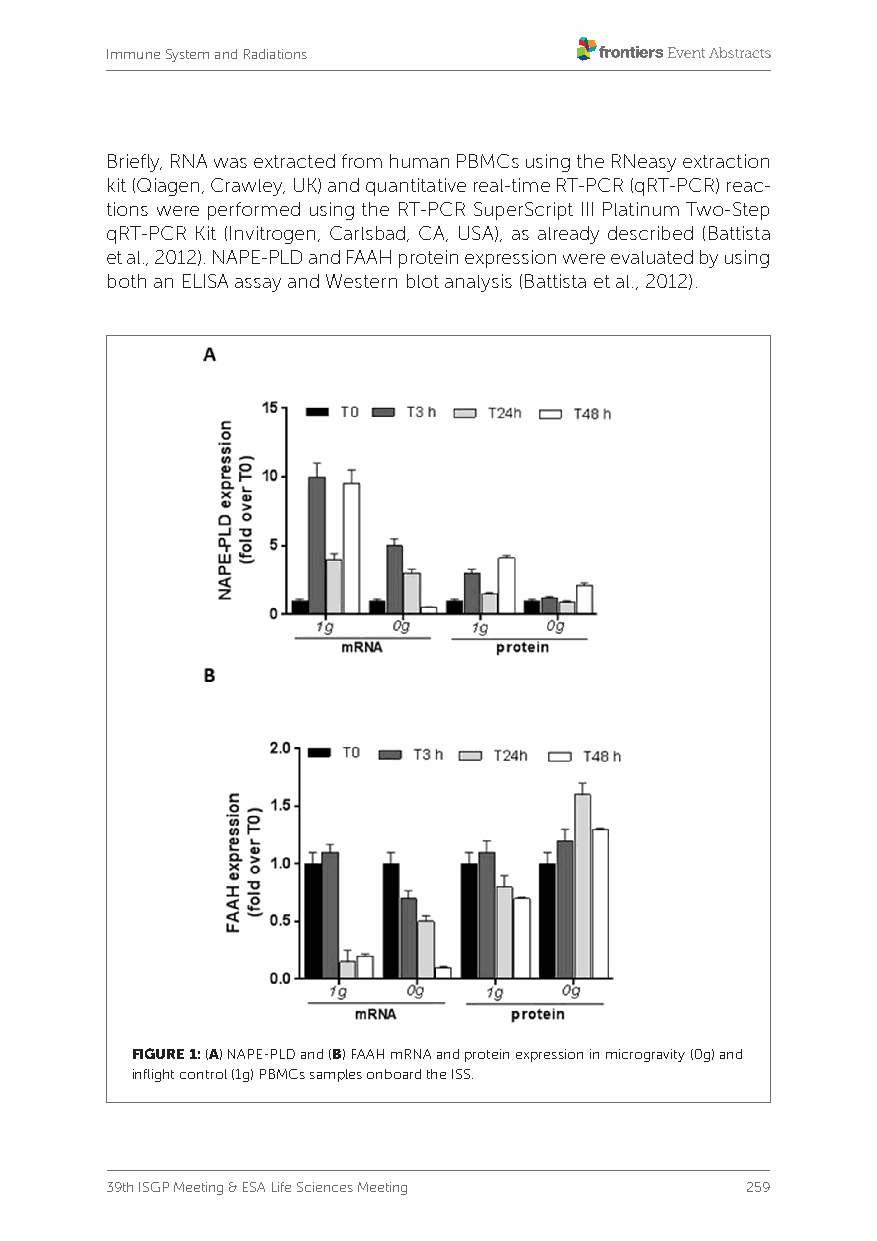
Immune System and Radiations
 Briefly, RNA was extracted from human PBMCs using the RNeasy extraction
 kit (Qiagen, Crawley, UK) and quantitative real-time RT-PCR (qRT-PCR) reac-
 tions were performed using the RT-PCR SuperScript III Platinum Two-Step
 qRT-PCR Kit (Invitrogen, Carlsbad, CA, USA), as already described (Battista
 et al., 2012). NAPE-PLD and FAAH protein expression were evaluated by using
 both an ELISA assay and Western blot analysis (Battista et al., 2012).
 FIGURE 1: (A) NAPE-PLD and (B) FAAH mRNA and protein expression in microgravity (0g) and
 inflight control (1g) PBMCs samples onboard the ISS.
 39th ISGP Meeting & ESA Life Sciences Meeting 259